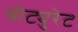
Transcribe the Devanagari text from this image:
वोट्युरेट